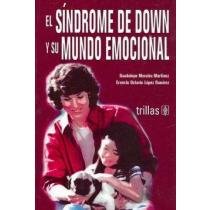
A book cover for El sindrome de down y su mundo emocional/ Down Syndrome And It's Emotional World (Spanish Edition); Guadalupe Morales Martinez; Health, Fitness & Dieting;